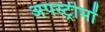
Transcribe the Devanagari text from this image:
अपस्ट्रीमों